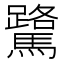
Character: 𫘘